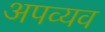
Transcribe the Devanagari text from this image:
अपव्यव